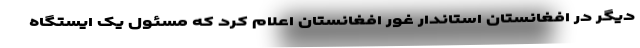
دیگر در افغانستان استاندار غور افغانستان اعلام کرد که مسئول یک ایستگاه